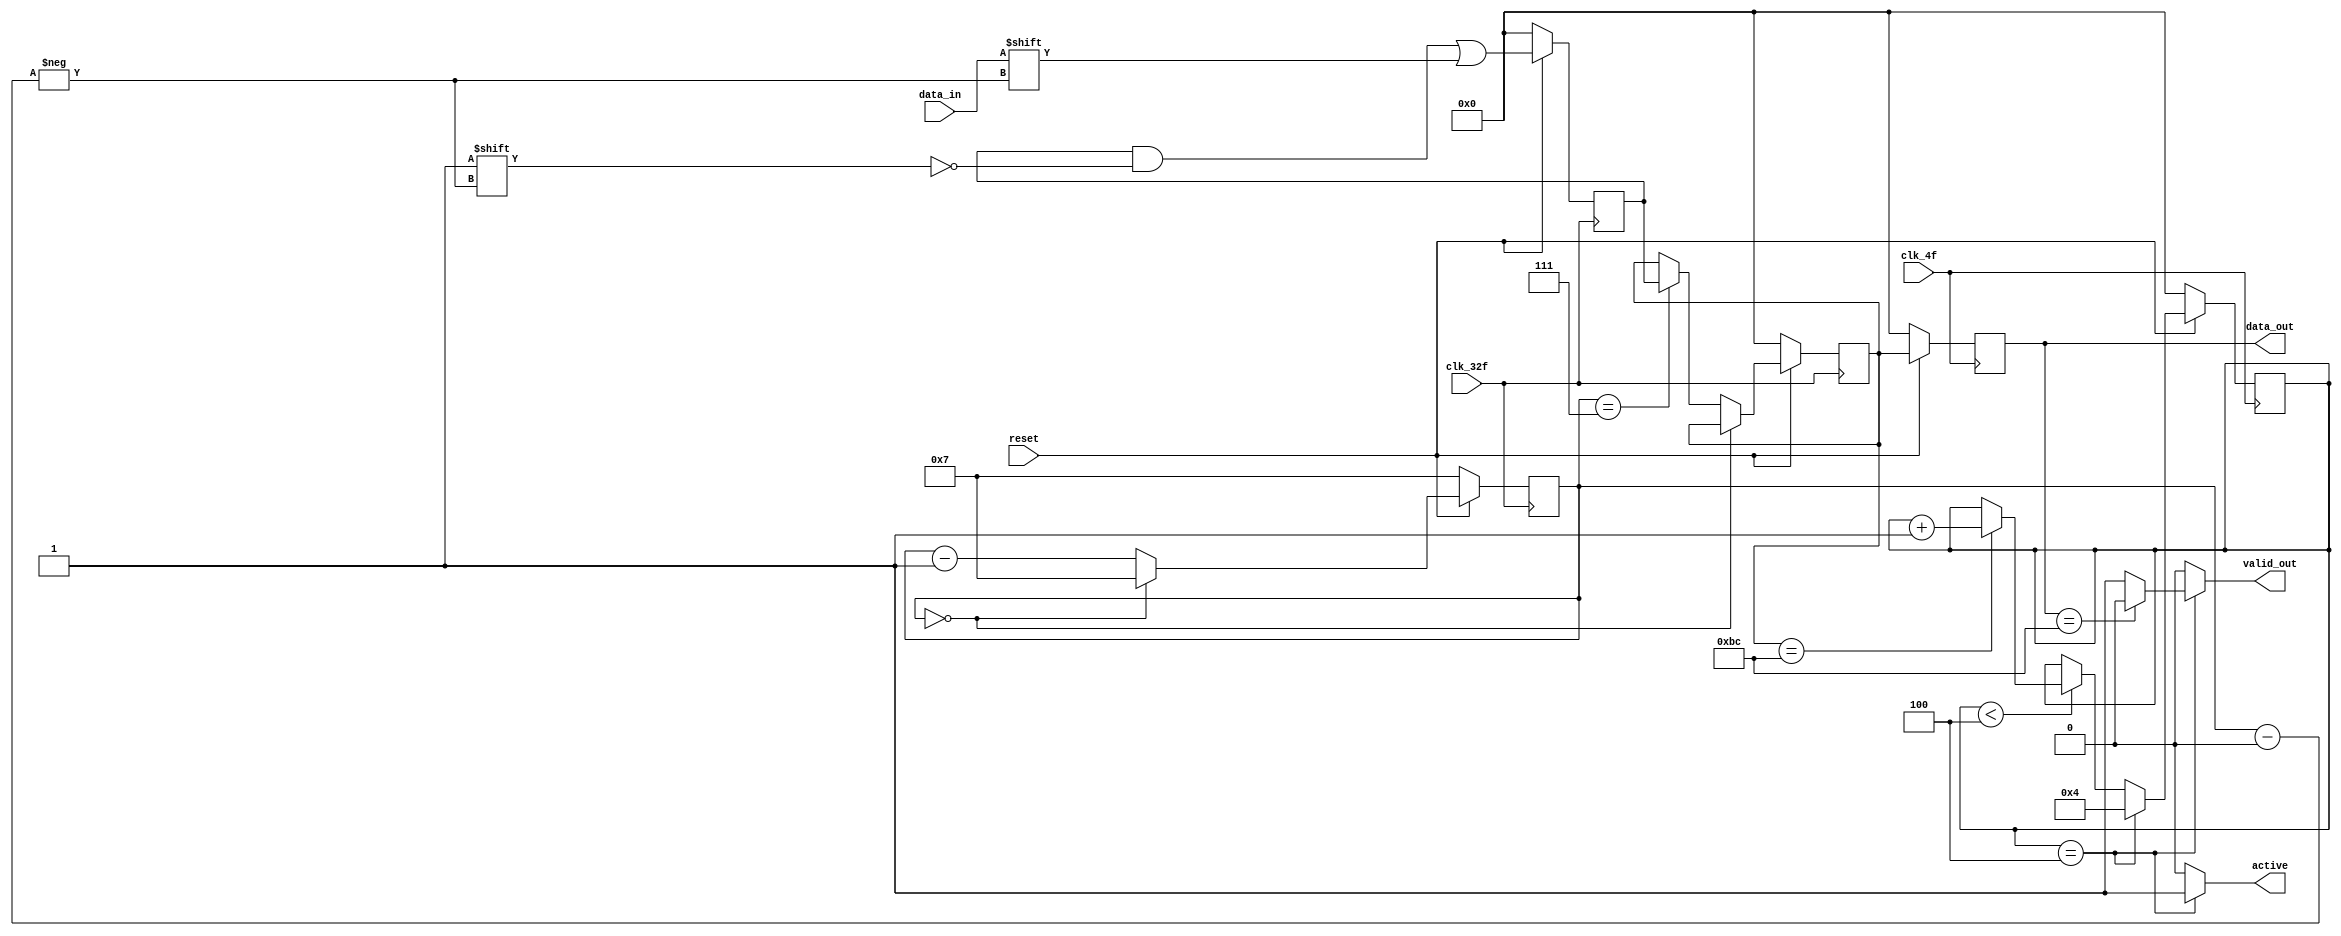
module ser_par(
    input reset, clk_4f, clk_32f, data_in, 
    output reg active, valid_out,
    output reg [7:0] data_out);

    reg [7:0] data2send, BC_counter, contador, data;

    always @(*) begin
        if (BC_counter == 4) begin
            active = 1;
            if (data_out == 'hBC) begin
                valid_out = 0;
            end
            else begin
                valid_out = 1;
            end
        end
        else begin
            active = 0;
            valid_out = 0;
        end
    end

    always @(posedge clk_32f) begin
        if (reset == 0) begin
            contador <= 7;
            data <= 0;
            data2send <= 0; 
        end
        else begin
            data[contador] <= data_in;
            if (contador == 0) 
                contador <= 7; 
            else begin
                contador <= contador-1;
                if (contador == 7) begin
                    data2send <= data;
                end
            end      
        end
    end

    always @(posedge clk_4f) begin
        if (reset == 0) begin
            data_out <= 0;
            BC_counter <= 0; 
        end
        else begin
           data_out <= data2send;
           if (BC_counter == 4) begin
               BC_counter <= 4; 
           end
           else if (BC_counter < 4) begin
               if (data2send == 'hBC) begin
               BC_counter <= BC_counter+1;
               end
               else begin
               BC_counter <= BC_counter;
               end
           end
        end
    end
endmodule